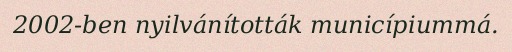
2002-ben nyilvánították municípiummá.